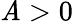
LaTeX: \mathit{A}>0